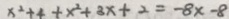
x ^ { 2 } + 4 + x ^ { 2 } + 3 x + 2 = - 8 x - 8